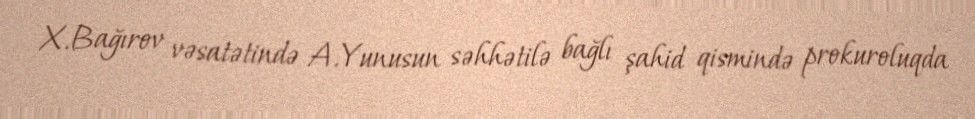
X.Bağırov vəsatətində A.Yunusun səhhətilə bağlı şahid qismində prokuroluqda